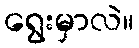
ရွေးမှာလဲ။